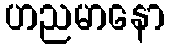
ဟညမာနော